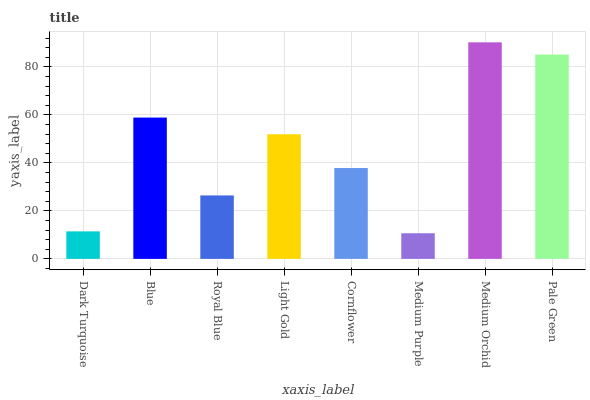
| xaxis_label | bars |
 | --- | --- |
 | Dark Turquoise | 11.5 |
 | Blue | 58.9 |
 | Royal Blue | 26.4 |
 | Light Gold | 51.9 |
 | Cornflower | 37.9 |
 | Medium Purple | 10.7 |
 | Medium Orchid | 90.2 |
 | Pale Green | 85.1 |